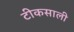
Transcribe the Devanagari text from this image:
टीकसाली